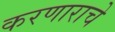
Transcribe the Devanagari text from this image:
करणाराचे